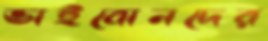
ভাইবোনদের